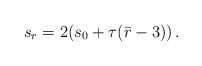
LaTeX: \begin{align*}s_{r}=2(s_0+\tau(\bar r-3))\,.\end{align*}